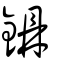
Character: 鐤